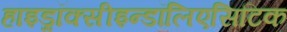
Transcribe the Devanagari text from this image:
हाइड्रॉक्सीइन्डॉलिएसिटिक